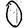
Digit: 0